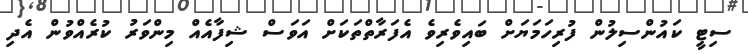
ސިޓީ ކައުންސިލުން ފުރިހަމަޔަށް ބައިވެރިވެ އެފަރާތްތަކަށް އަވަސް ޝިފާއެއް މިންވަރު ކުރެއްވުން އެދި